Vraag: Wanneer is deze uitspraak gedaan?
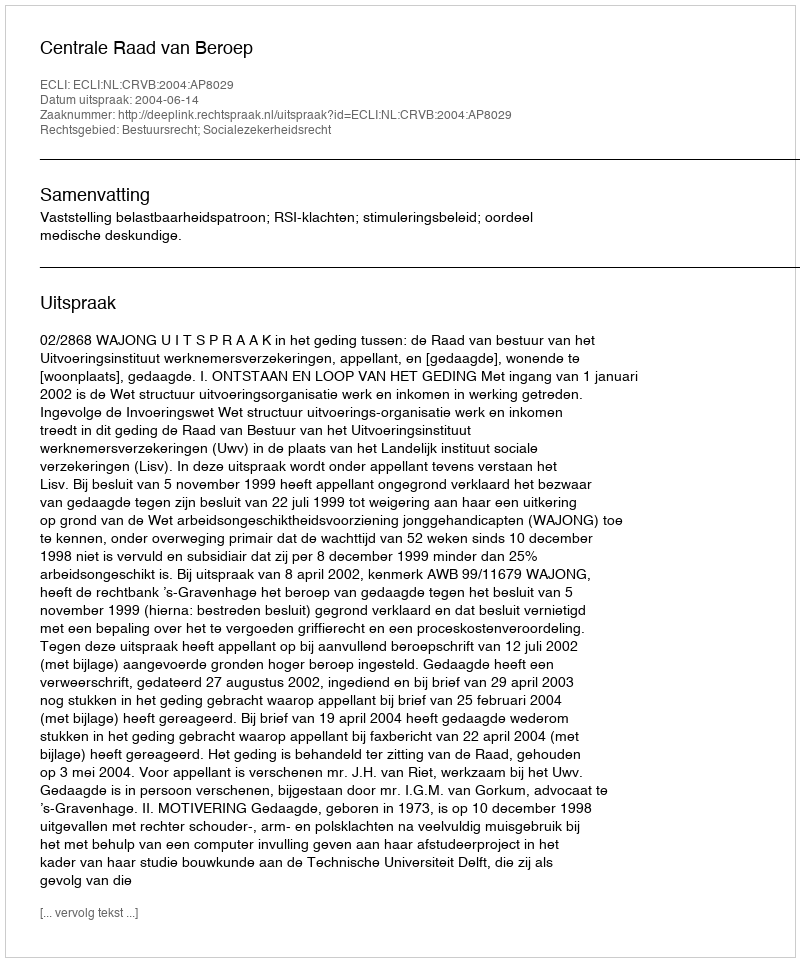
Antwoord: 2004-06-14